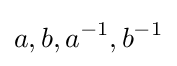
a,b,a^{-1},b^{-1}